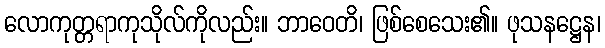
လောကုတ္တရာကုသိုလ်ကိုလည်း။ ဘာဝေတိ၊ ဖြစ်စေသေး၏။ ဖုသနဋ္ဌေန၊